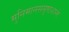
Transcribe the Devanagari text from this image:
मुनिमानससृष्टशान्तेः